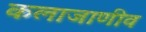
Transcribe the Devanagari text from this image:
कलाजाणीव